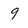
Character: 9